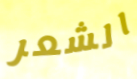
الشعر